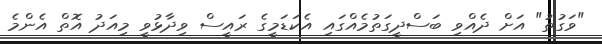
"ވަގުތު" އަށް ދެއްވި ބަސްދީގަތުމެއްގައި އެކަޑަމީގެ ރައީސް ވިދާޅުވީ މިއަދު އޮތް އެންމެ